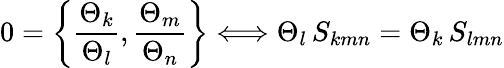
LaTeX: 0=\left\{ {\frac{\Theta_{k}}{\Theta_{l}}},{\frac{\Theta_{m}}{\Theta_{n}}}\right\} \Longleftrightarrow\Theta_{l}\, S_{kmn}=\Theta_{k}\, S_{lmn}